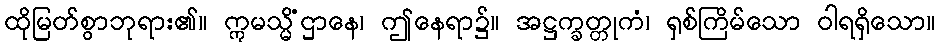
ထိုမြတ်စွာဘုရား၏။ ဣမသ္မိံဌာနေ၊ ဤနေရာ၌။ အဋ္ဌက္ခတ္တုကံ၊ ရှစ်ကြိမ်သော ဝါရရှိသော။